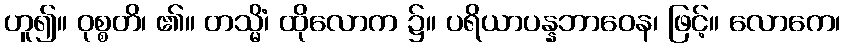
ဟူ၍။ ဝုစ္စတိ၊ ၏။ တသ္မိံ၊ ထိုလောက ၌။ ပရိယာပန္နဘာဝေန၊ ဖြင့်။ လောကေ၊